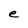
Character: e